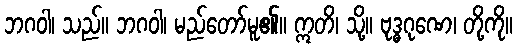
ဘဂဝါ၊ သည်။ ဘဂဝါ၊ မည်တော်မူ၏။ ဣတိ၊ သို့။ ဗုဒ္ဓဂုဏေ၊ တို့ကို။